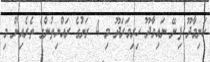
ހަނިމާދޫ ފިނޭ ނައިވާދޫ ހިރިމަރަދޫ މި 4 ރަށުގެ ރައްޔިތުންގެ ތެރެއިން މި